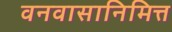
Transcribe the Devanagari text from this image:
वनवासानिमित्त